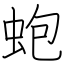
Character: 蚫